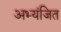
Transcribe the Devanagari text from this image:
अभ्यंजित